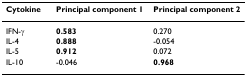
| Cytokine | Principal component 1 | Principal component 2 |
 | --- | --- | --- |
 | IFN-γ | 0.583 | 0.270 |
 | IL-4 | 0.888 | -0.054 |
 | IL-5 | 0.912 | 0.072 |
 | IL-10 | -0.046 | 0.968 |